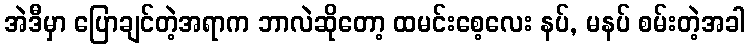
အဲဒီမှာ ပြောချင်တဲ့အရာက ဘာလဲဆိုတော့ ထမင်းစေ့လေး နပ်, မနပ် စမ်းတဲ့အခါ